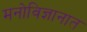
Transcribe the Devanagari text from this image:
मनोविज्ञानात